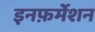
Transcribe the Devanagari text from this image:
इनफ़र्मेशन